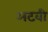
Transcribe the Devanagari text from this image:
अटवी